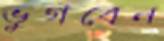
ভুগবেন